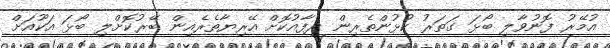
އުމޭރު ފޮނުވާލި ބޯޅަ ގަތަރު ކުޅުންތެރިން ދިފާއުކޮށް އޭރިޔާތެރެއިން ބޭރުކޮށްލި ބޯޅަ އަކޫއަށް